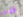
هي